Bréfritari: Soffía Daníelsdóttir
Viðtakandi: Jakobína Magnúsdóttir og Daníel Halldórsson
Dagsetning: A-1904-05-30
Skrifað á: Skeggjastöðum  N-Múl.
Soffía var dóttir Jakobínu og Daníels

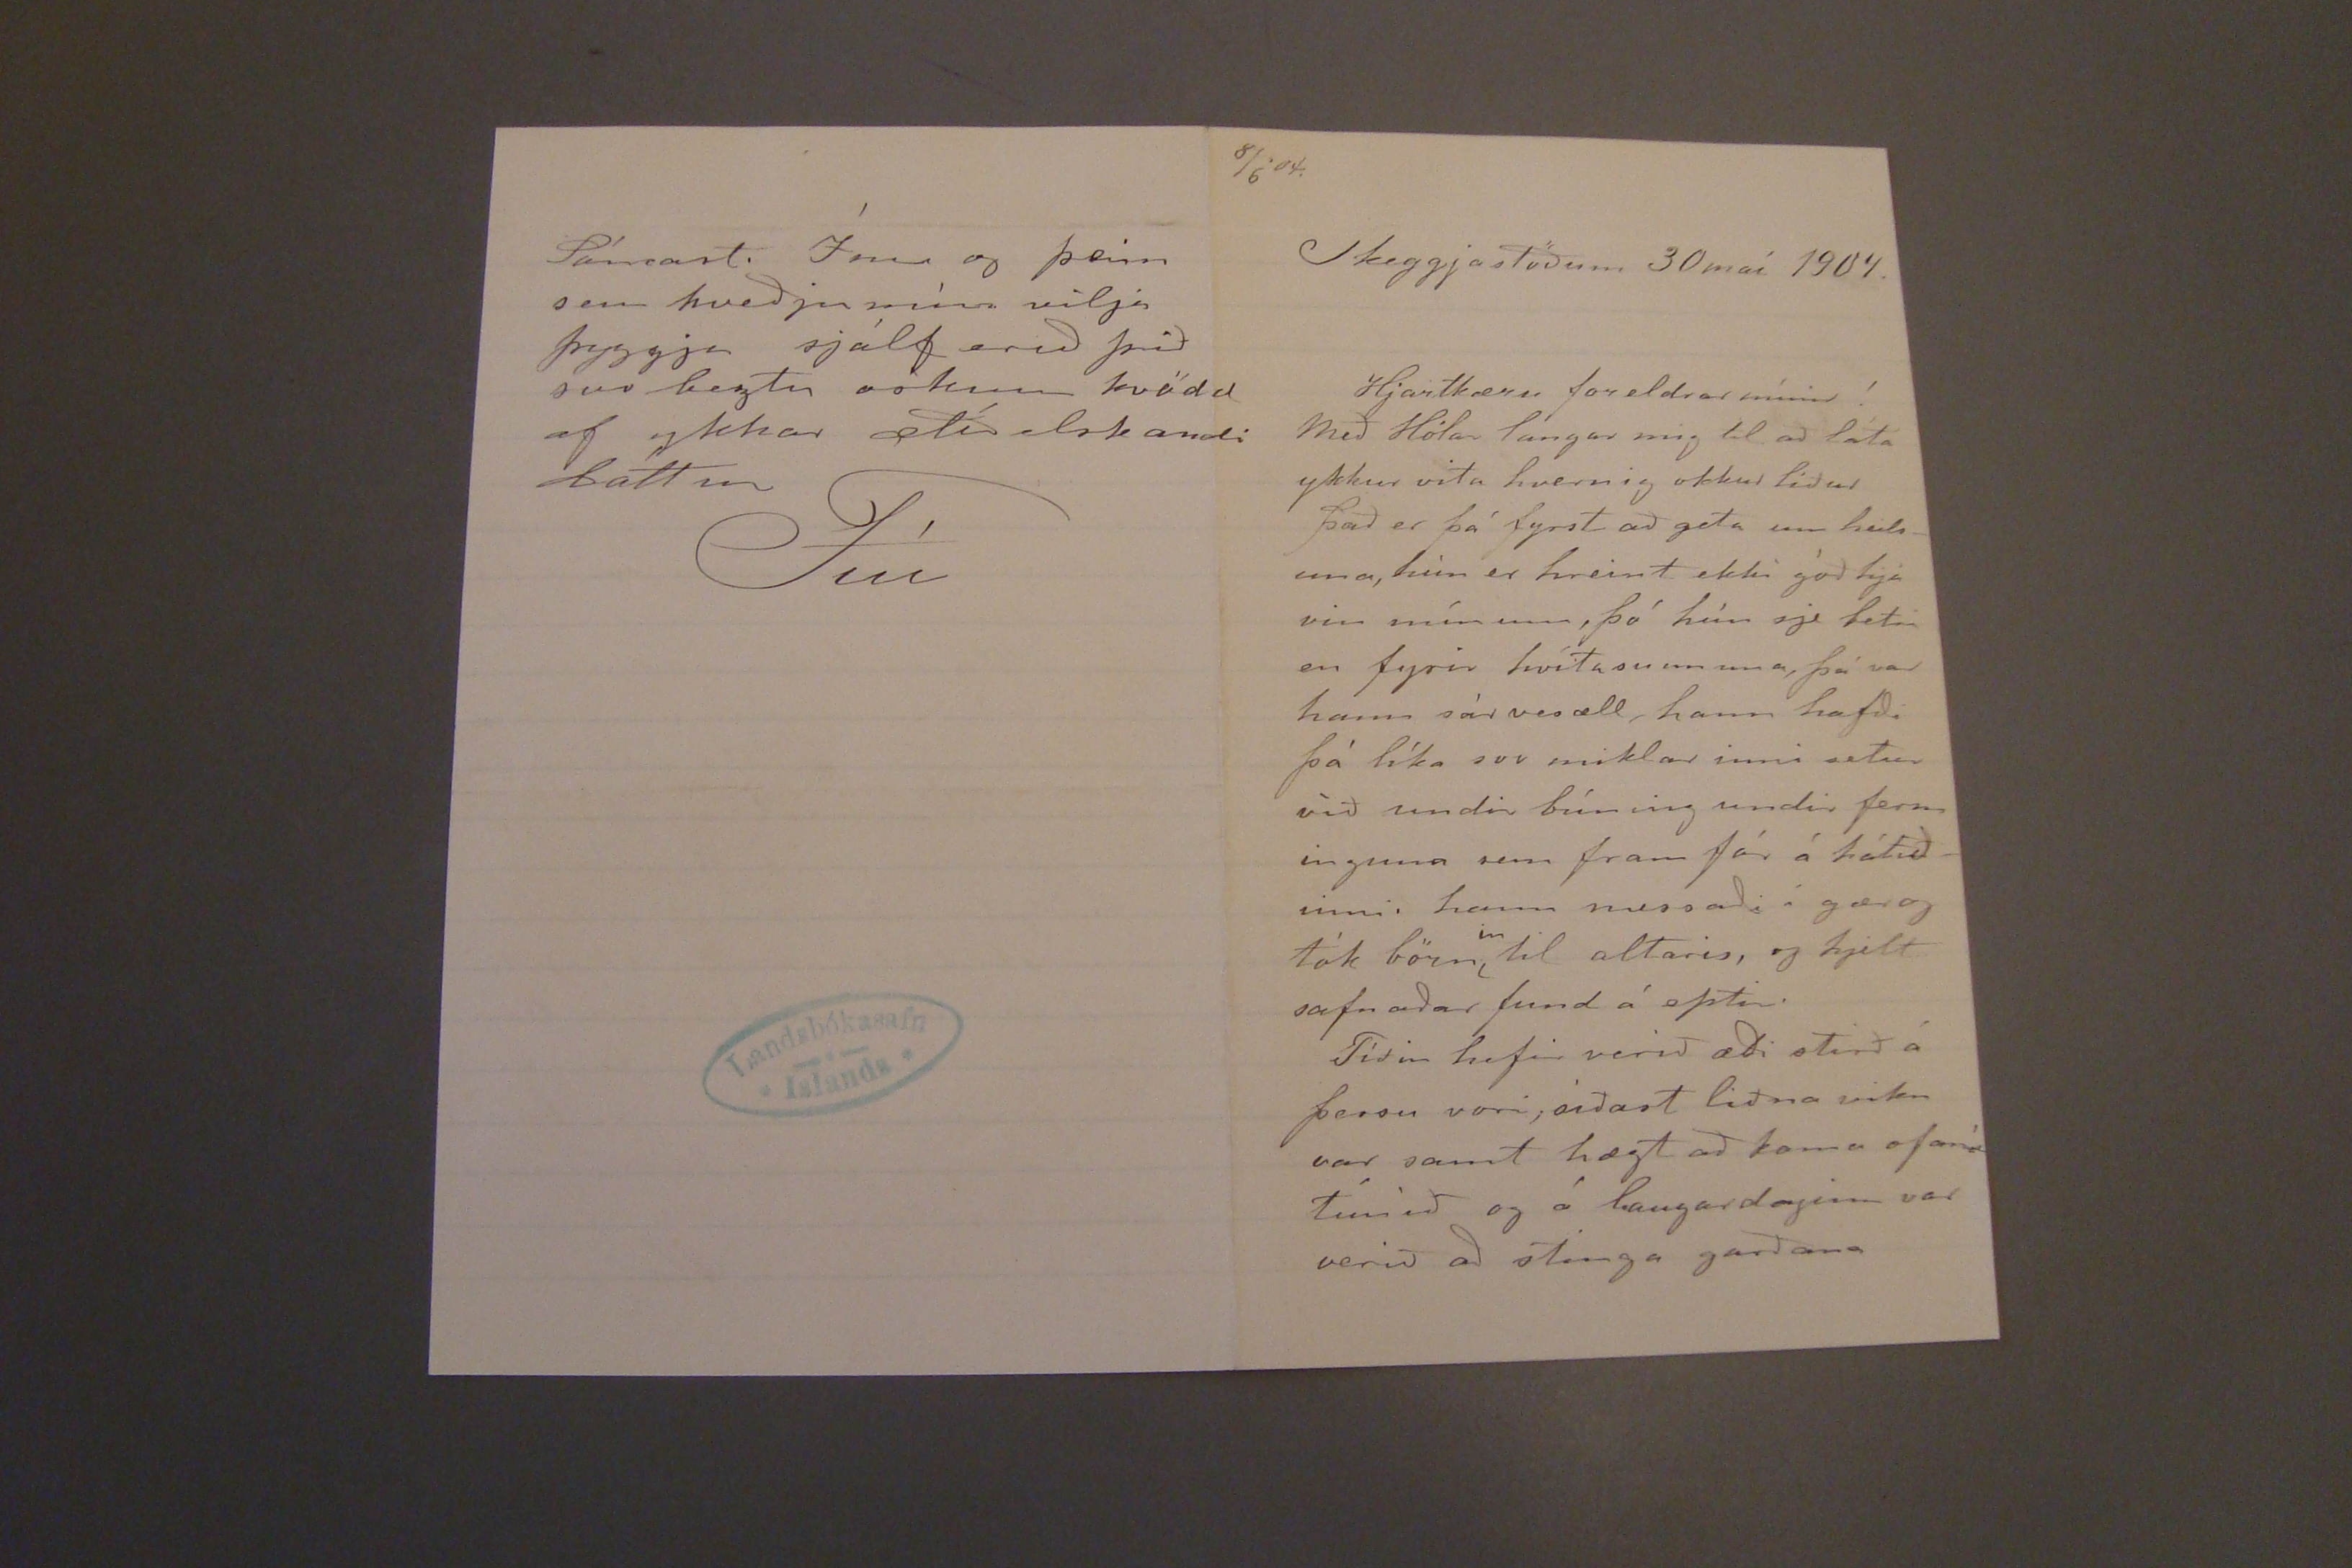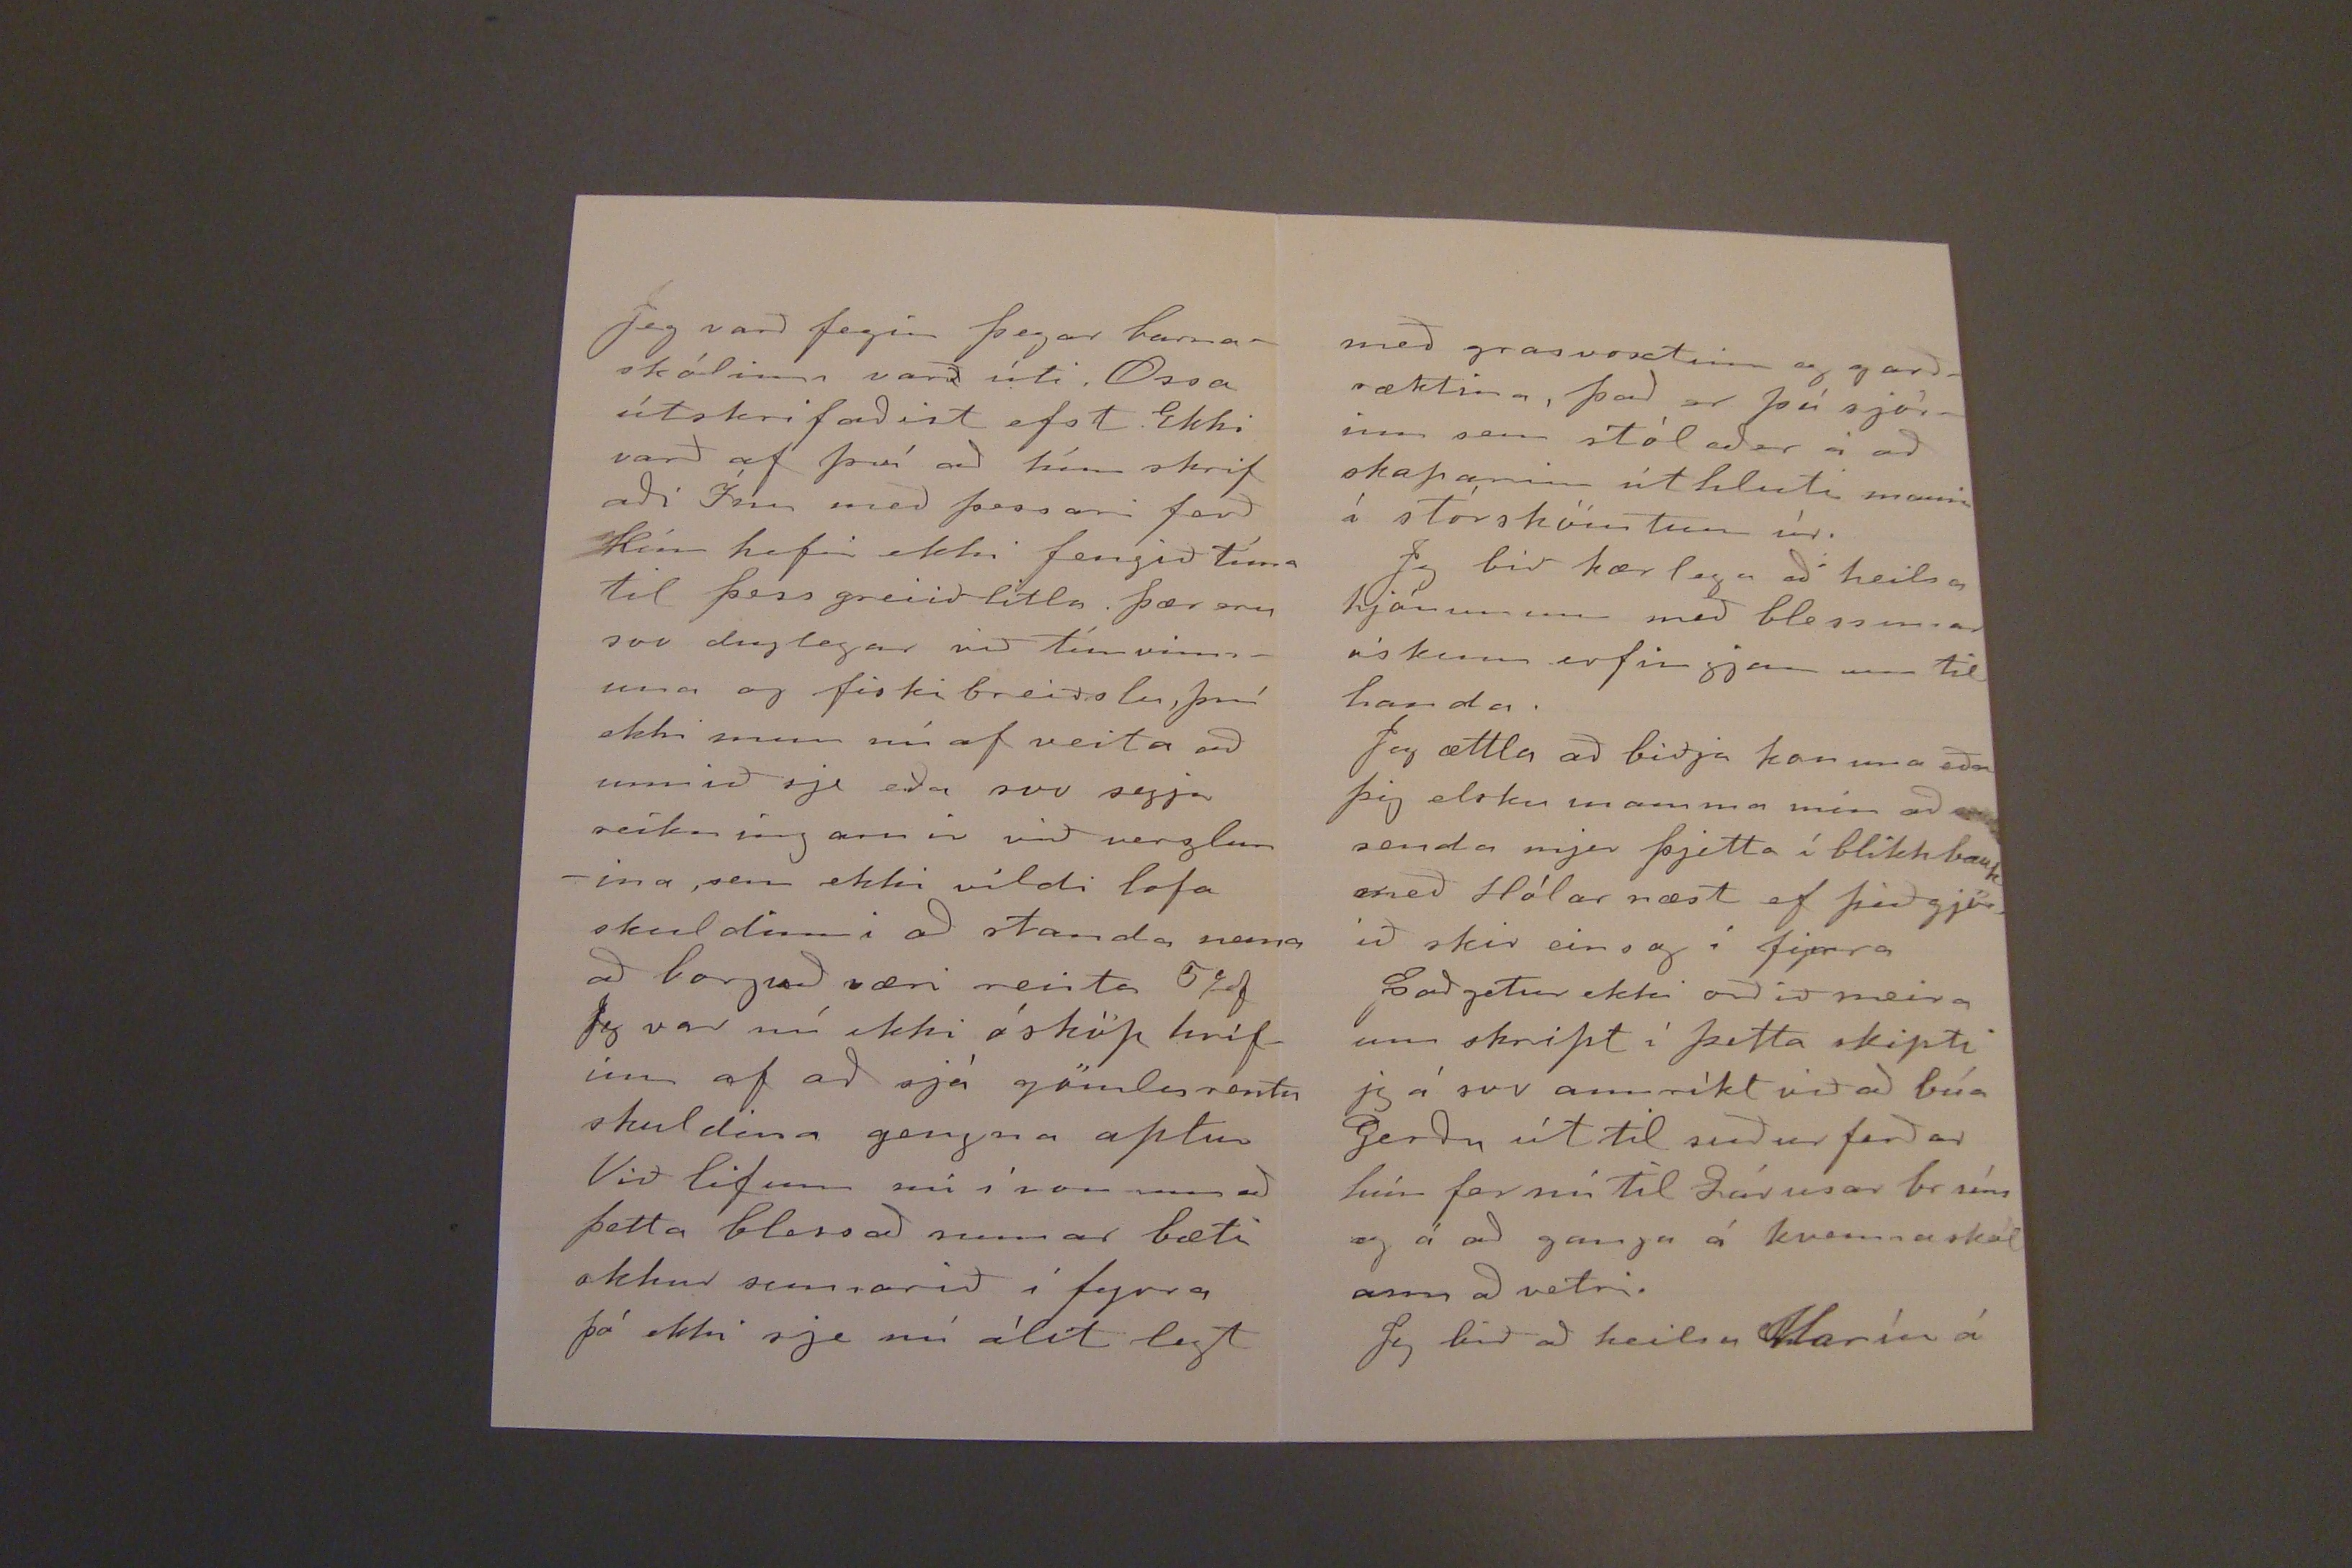

8/6'04.
Skeggjastöðum 30 maí 1904.
Hjartkæru foreldrar mínir!
Með Hólar langar mig til að láta ykkur vita hvernig okkur liður það er þó fyrst að geta um heilsuna, hún er hreint ekki góð hjá vin mínum, þó hún sje betri en fyrir hvítasunnuna, þá var hann sárvesæll, hann hafði þá líka svo iklar inni setur víð undir búning undir ferm inguna sem fram fór á hátíðinni. hann messaði í gær og tók börn
in
til altaris, og hjelt safnaðar fund á eptir.
Tíðin hefir verið æði stirð á þessu vori; síðast liðna viku var samt hægt að koma ofaní túnið og á laugardaginn var verið að stinga garðana
Jeg varð fegin þegar barnaskólinn varð úti. Ossa útskrifaðist efst Ekki varð af því að hún skrifaði Ínu með þessari ferð Hún hefir ekki fengið tíma til þess greiið litla þær eru svo duglegar við túnvinnuna og fiski breiðslu, því ekki mun nú af veita að unnið sje eða svo segja reikningarnir við verzlunina, sem ekki vildi lofa skuldinni að standa nema að borguð væri reista 5
kg
Jeg var nú ekki ósköp hrífinn af að sjá gömlu rentu skuldina gengna aptur Við lifum nú í von um að þetta blessað sumar bæti okkur sumarið í fyrra þó ekki sje nú álít legt
Sáncart
, Ínu og þeim sem hveðju mína vilja þyggja sjálf eruð þið svo beztu sökum kvödd af ykkar ætíð elskandi dóttur
Fíu
með grasvoxtinn og garðræktina, það er þú sjórinn sem stólaðer á að skaparinn úthluti manni í stórskömtun úr.
Jeg bið kærlega að heilsa hjónunum með blessunar óskum erfingjanum til handa.
Jeg ættla að biðja konuna eða þig elsku mamma min að senda mjer þjetta í blikk bauk með Hólar næst ef þið gjörið skir einsog í fyrra
það getur ekki orðið meira um skript í þetta skipti jeg á svo annríkt við að búa Gerðu út til suður ferðar hún fer nú til Lárusar br síns og á að ganga á kvennaskalann að vetri.
Jeg bið að heilsa Maríu á